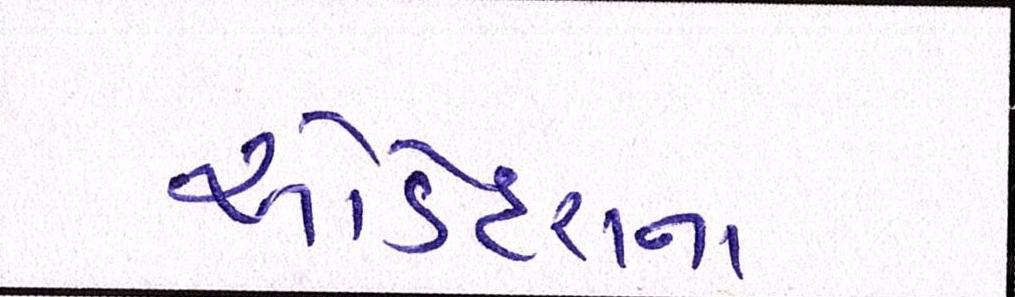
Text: ઓડેદરાને